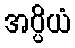
အပ္ပိယံ